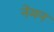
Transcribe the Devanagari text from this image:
नेमन